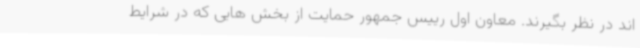
اند در نظر بگیرند. معاون اول رییس جمهور حمایت از بخش هایی که در شرایط